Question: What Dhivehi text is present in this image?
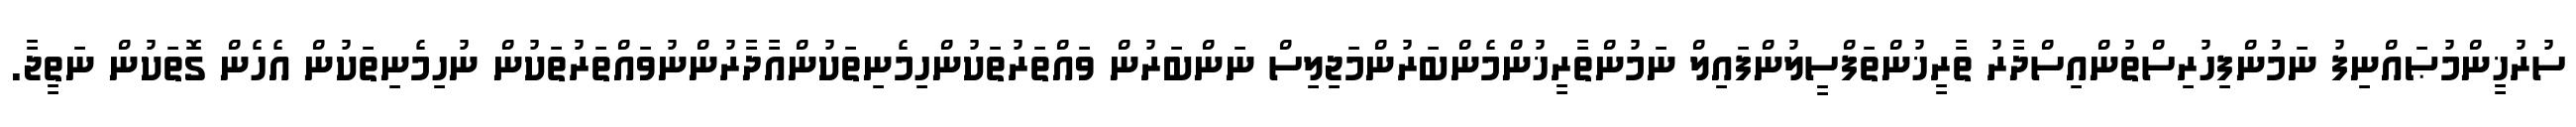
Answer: ސުރުޚީންމުޞައްނިފު ނަމުންފިހުރިސްތުންއިސްދާރު ތާރީޚުންތަފްސީލުންފައިލް ނަމުންތާރީޚުންމެންބަރުންމަޖިލިސް ނަންބަރުން ވައްތަރުތަކުންހިމެނިތަކުންއާދާރުންނުވައްތަރުތަކުން ނުހިމެނިތަކުން އެހެން ގޮތަކުން ނަތީޖާ.